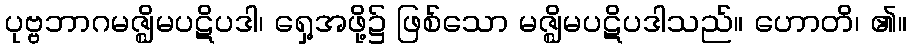
ပုဗ္ဗဘာဂမဇ္ဈိမပဋိပဒါ၊ ရှေ့အဖို့၌ ဖြစ်သော မဇ္ဈိမပဋိပဒါသည်။ ဟောတိ၊ ၏။